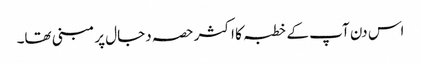
اس دن آپ کے خطبہ کا اکثر حصہ دجال پر مبنی تھا۔